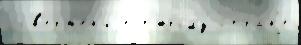
 св'ерже́н'иjе т'юрьму́ стран'е́